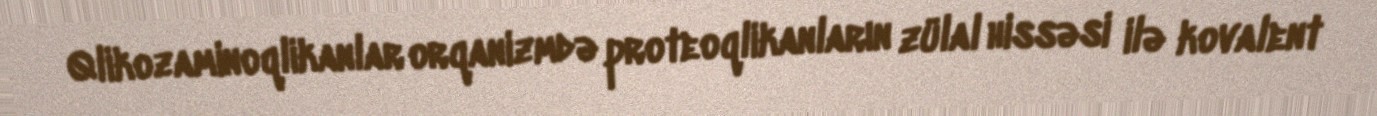
Qlikozaminoqlikanlar orqanizmdə proteoqlikanların zülal hissəsi ilə kovalent